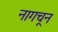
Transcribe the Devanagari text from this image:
नागचून